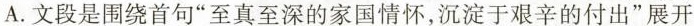
A.文段是围绕首句”至真至深的家国情怀，沉淀于艰辛的付出”展开